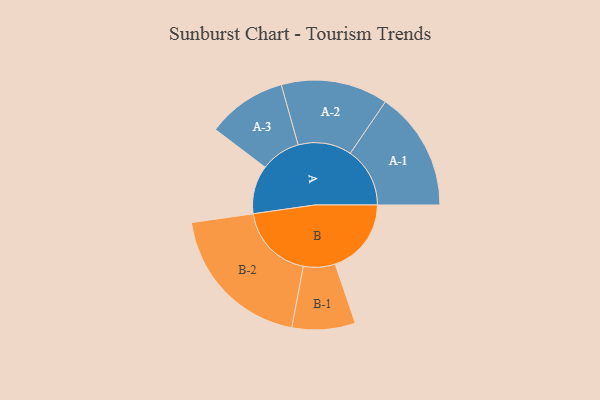
{"axis": {"x": "Segment", "y": "Value"}, "legend": ["", "A", "B"], "data": [{"x": "A", "y": 173, "type": ""}, {"x": "B", "y": 272, "type": ""}, {"x": "A-1", "y": 213, "type": "A"}, {"x": "A-2", "y": 191, "type": "A"}, {"x": "A-3", "y": 142, "type": "A"}, {"x": "B-1", "y": 113, "type": "B"}, {"x": "B-2", "y": 272, "type": "B"}]}